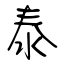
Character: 泰